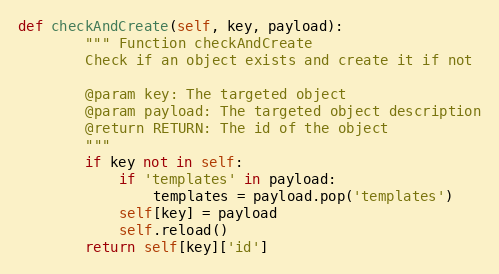
Language: Python
def checkAndCreate(self, key, payload):
        """ Function checkAndCreate
        Check if an object exists and create it if not

        @param key: The targeted object
        @param payload: The targeted object description
        @return RETURN: The id of the object
        """
        if key not in self:
            if 'templates' in payload:
                templates = payload.pop('templates')
            self[key] = payload
            self.reload()
        return self[key]['id']